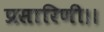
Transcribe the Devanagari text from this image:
प्रसारिणी।।